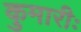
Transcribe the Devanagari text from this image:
कुमारीः